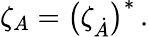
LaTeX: \zeta_{A}=\left(\zeta_{\dot{A}}\right)^{*}\, .